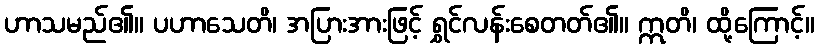
ဟာသမည်၏။ ပဟာသေတိ၊ အပြားအားဖြင့် ရွှင်လန်းစေတတ်၏။ ဣတိ၊ ထို့ကြောင့်။